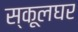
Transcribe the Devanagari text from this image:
स्कूलघर